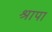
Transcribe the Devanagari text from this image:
श्रापा